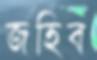
জহিব